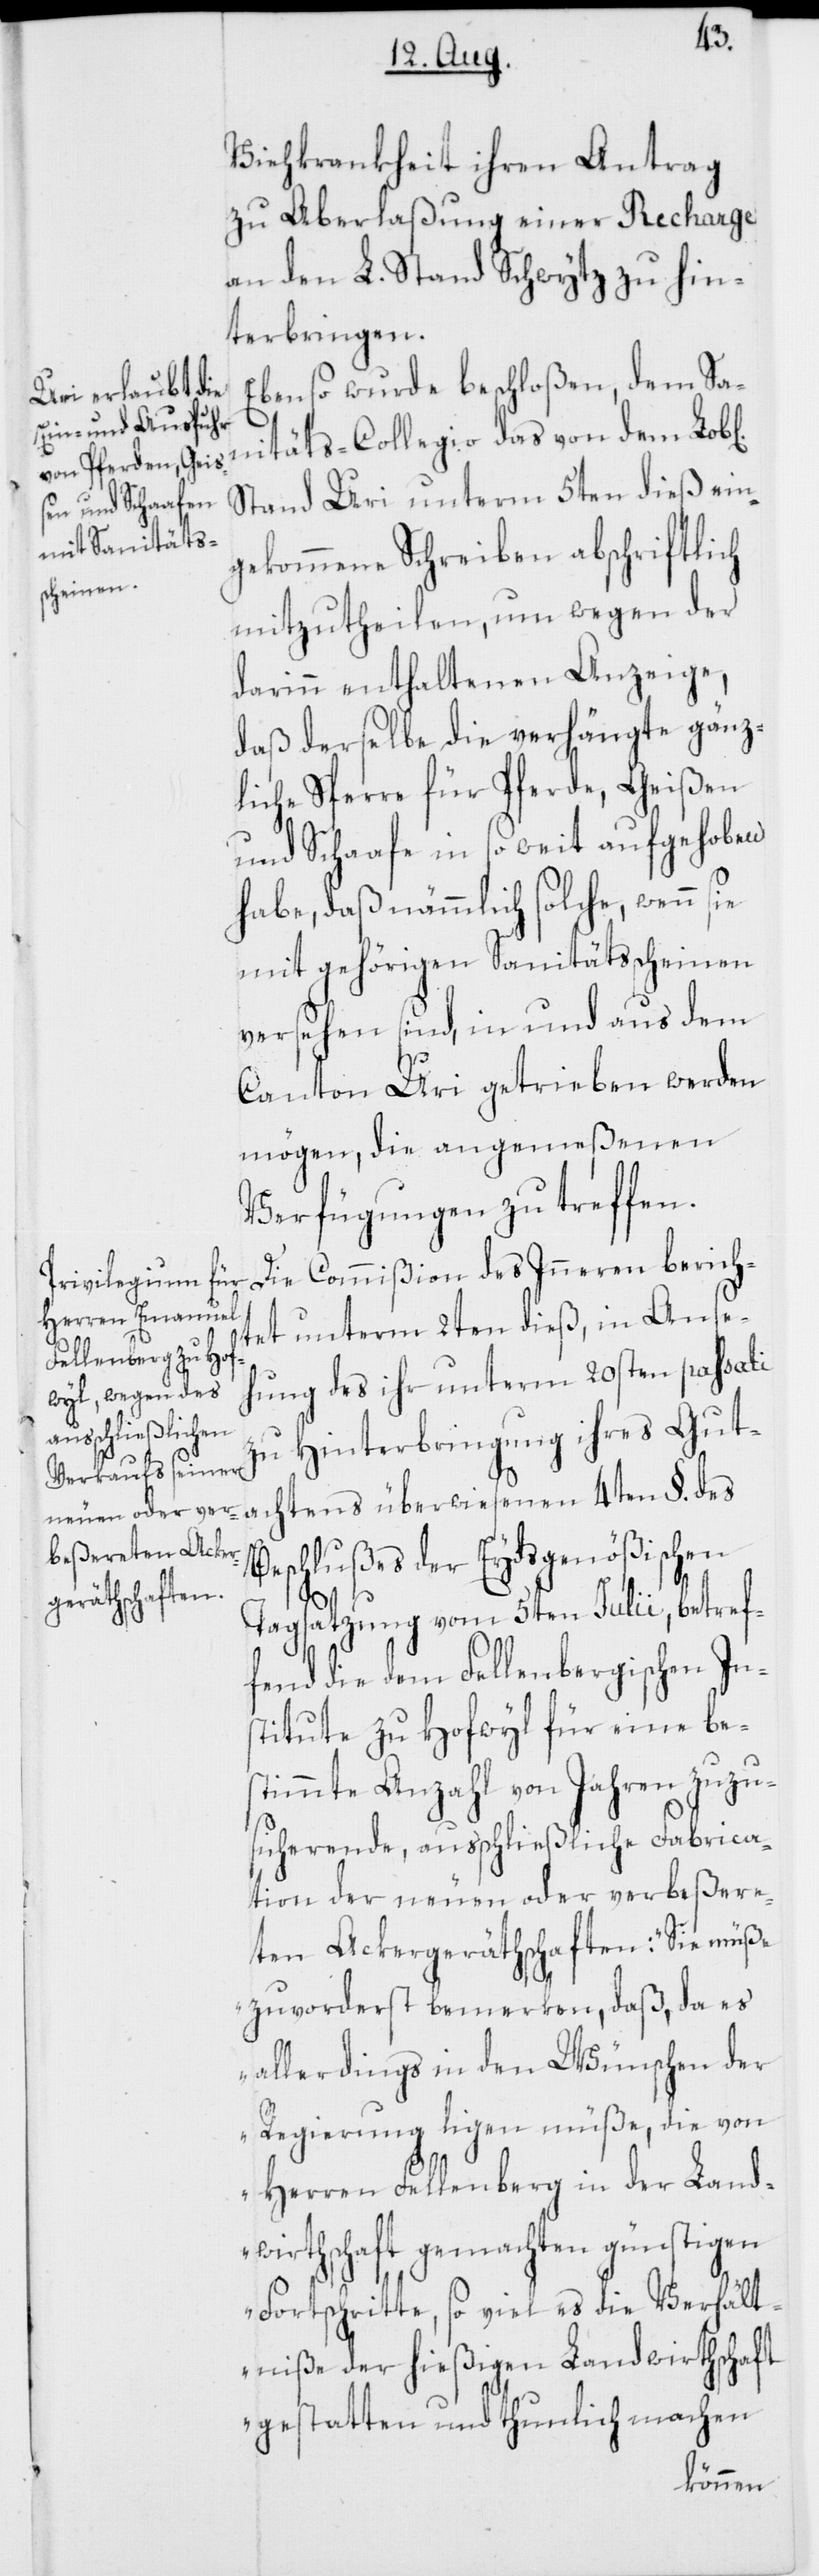
chtens
Viehkrankheit ihren Antrag
zu Aberlaßung einer Recharge
an den L. Stand Schwytz zu hin¬
terbringen.
Ebenso wurde beschloßen, dem San¬
itäts-Collegio das von dem Lob[l¬
Stand Uri unterm 5ten dieß ein¬
gekommene Schreiben abschriftlich
mitzutheilen, um wegen der
darinn enthaltenen Anzeige,
daß derselbe die verhängte gänz¬
liche Sperre für Pferde, Geißen
und Schaafe in so weit aufgehoben
habe, daß nämmlich solche, wenn sie
mit gehörigen Sanitätsscheinen
versehen sind, in und aus dem
Canton Uri getrieben werden
mögen, die angemeßenen
Verfügungen zu treffen.
Die Commißion des Inneren berich¬
tet unterm 2ten dieß, in Anse¬
hung des ihr unterm 20sten passati
zu Hinterbringung ihres Guta¬
Beschlußes der Eydsgenößischen
Tagsatzung vom 5ten Julii, betref¬
fend die dem Fellenbergischen Ins¬
titute zu Hofwyl für eine bes¬
timmte Anzahl von Jahren zuzu¬
sicherende, ausschließende Fabrica¬
tion der neuen oder verbeßere¬
ten Ackergeräthschaften: „Sie müße
zuvorderst bemerken, daß da es
allerdings in den Wünschen der
Regierung ligen müße, die von
Herren Fellenberg in der Land¬
wirthschaft gemachten günstigen
Fortschritte, so viel es die Verhält¬
niße der hießigen Landwirthschaft
gestatten und thunlich machen